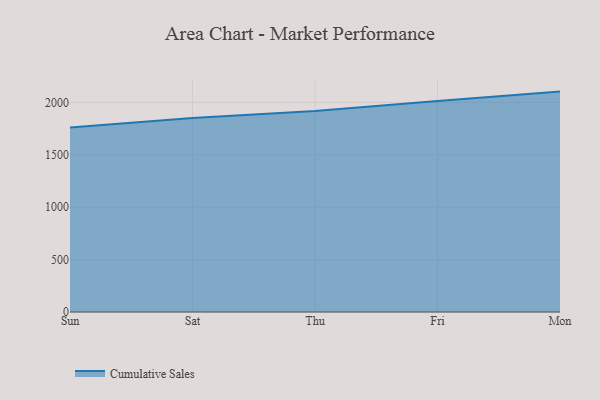
{"axis": {"x": "Day", "y": "Page Views"}, "legend": ["Cumulative Sales"], "data": [{"x": "Sun", "y": 1759.5, "type": "Cumulative Sales"}, {"x": "Sat", "y": 1850.2, "type": "Cumulative Sales"}, {"x": "Thu", "y": 1918.0, "type": "Cumulative Sales"}, {"x": "Fri", "y": 2014.5, "type": "Cumulative Sales"}, {"x": "Mon", "y": 2103.1, "type": "Cumulative Sales"}]}